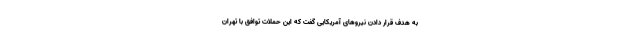
به هدف قرار دادن نیروهای آمریکایی گفت که این حملات توافق با تهران